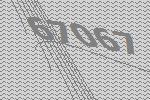
67067